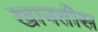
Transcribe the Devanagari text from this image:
खानतीस